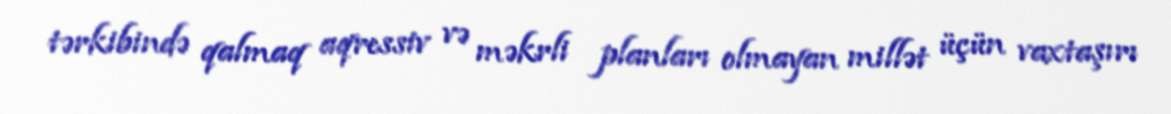
tərkibində qalmaq aqressiv və məkrli planları olmayan millət üçün vaxtaşırı